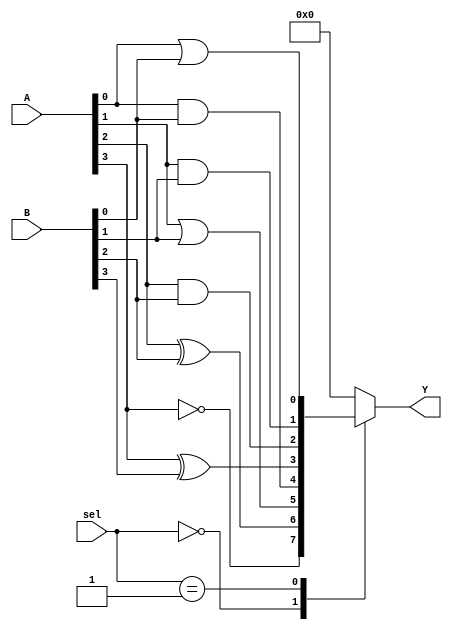
module CLB (
    input wire [3:0] A,          // 4-bit input signals
    input wire [3:0] B,          // 4-bit input signals
    input wire [1:0] sel,        // Selector for multiplexer
    output wire [3:0] Y          // 4-bit output signals
);

// Look-Up Tables (LUTs)
wire [3:0] lut_out;
wire [3:0] lut_a, lut_b;

// LUT implementation (example: simple logic functions)
assign lut_a[0] = A[0] & B[0]; // AND
assign lut_a[1] = A[1] | B[1]; // OR
assign lut_a[2] = A[2] ^ B[2]; // XOR
assign lut_a[3] = ~A[3];       // NOT

assign lut_b[0] = A[0] | B[0]; // OR
assign lut_b[1] = A[1] & B[1]; // AND
assign lut_b[2] = A[2] & B[2]; // AND
assign lut_b[3] = A[3] ^ B[3]; // XOR

// Multiplexer to select output from LUTs
always @(*) begin
    case (sel)
        2'b00: lut_out = lut_a; // Select LUT A
        2'b01: lut_out = lut_b; // Select LUT B
        default: lut_out = 4'b0000; // Default case
    endcase
end

// Output logic
assign Y = lut_out;

endmodule